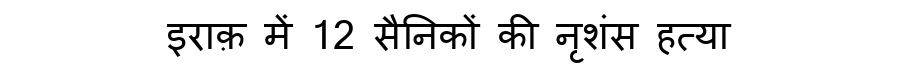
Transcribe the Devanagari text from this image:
इराक़ में 12 सैनिकों की नृशंस हत्या